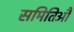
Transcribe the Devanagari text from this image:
समितिऔं